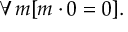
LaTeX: \forall m [ m \cdot 0 = 0 ] .